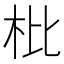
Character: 枇